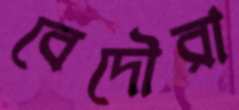
বেদৌরা